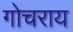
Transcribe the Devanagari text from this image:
गोचराय